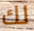
لك